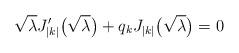
LaTeX: \begin{align*} \sqrt{\lambda}J_{|k|}'\bigl(\sqrt{\lambda}\bigr) +q_kJ_{|k|}\bigl(\sqrt{\lambda}\bigr)=0 \end{align*}